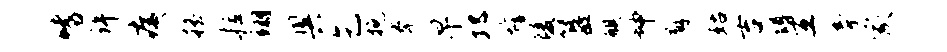
嗜许痍摇拉翊奥乞挽拳早邛墟陵簋麒坤廨姑吉蹲互旁家